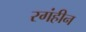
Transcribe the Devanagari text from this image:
रगंहीन